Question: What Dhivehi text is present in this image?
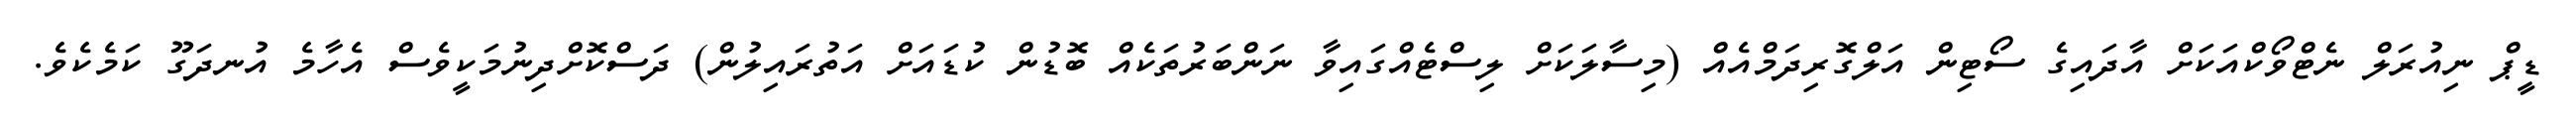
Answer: ޑީޕް ނިއުރަލް ނެޓްވޯކްއަކަށް އާދައިގެ ސޯޓިން އަލްގޮރިދަމްއެއް (މިސާލަކަށް ލިސްޓެއްގައިވާ ނަންބަރުތަކެއް ބޮޑުން ކުޑައަށް އަތުރައިލުން) ދަސްކޮށްދިނުމަކީވެސް އެހާމެ އުނދަގޫ ކަމެކެވެ.